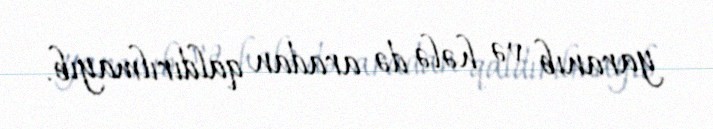
yaranıb və hələ də aradan qaldırılmayıb.